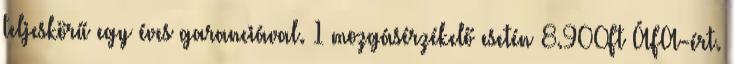
teljeskörű egy éves garanciával. 1 mozgásérzékelő esetén 8.900Ft ÁFA-ért.